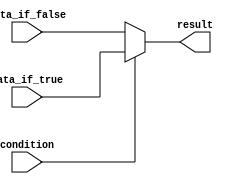
module conditional_assign (
    input condition,
    input data_if_true,
    input data_if_false,
    output reg result
);

    always @(*) begin
        if(condition) begin
            result = data_if_true;
        end
        else begin
            result = data_if_false;
        end
    end
    
endmodule